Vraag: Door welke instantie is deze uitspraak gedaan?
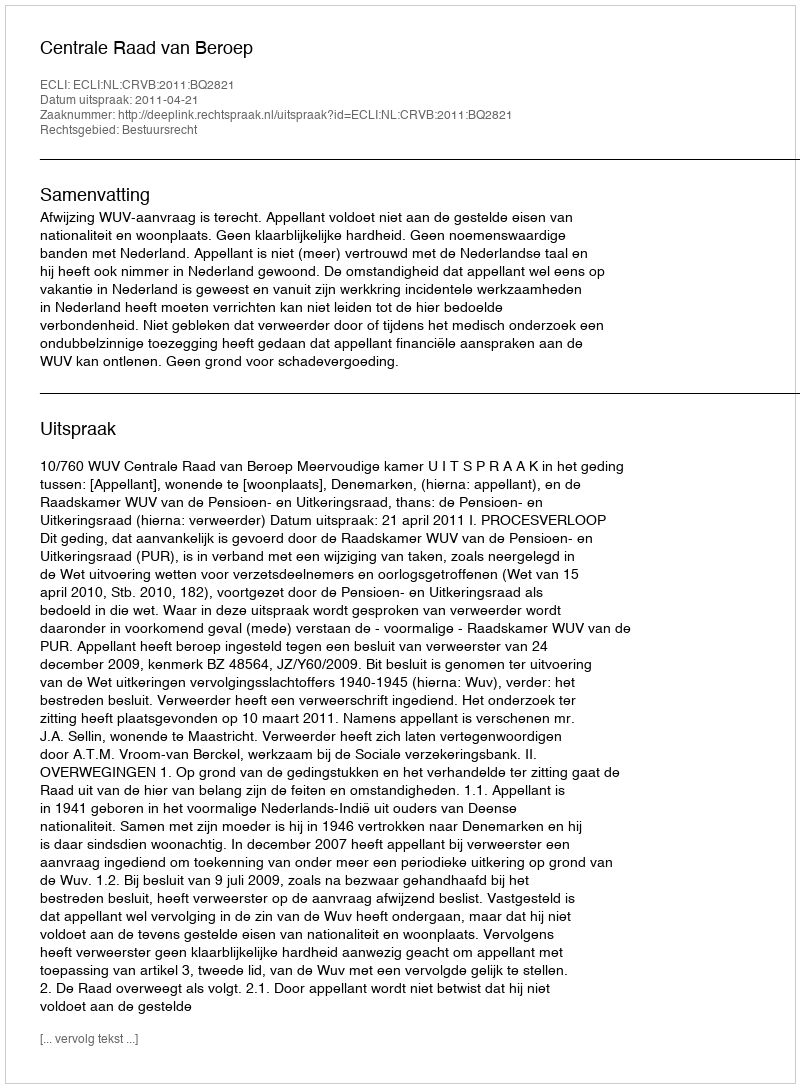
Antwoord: Centrale Raad van Beroep